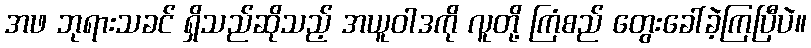
အဖ ဘုရားသခင် ရှိသည်ဆိုသည့် အယူဝါဒကို လူတို့ ကြံစည် တွေးခေါ်ခဲ့ကြပြီပဲ။